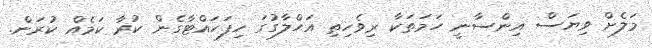
މަލެށް ވިޔަސް އިންސާނީ ހަމަތަކާ ރިވެހިތި އަޙްލާގުގަ ހިފަހައްޓާގެން ކުރާ ކަމެއް ކުރަން.